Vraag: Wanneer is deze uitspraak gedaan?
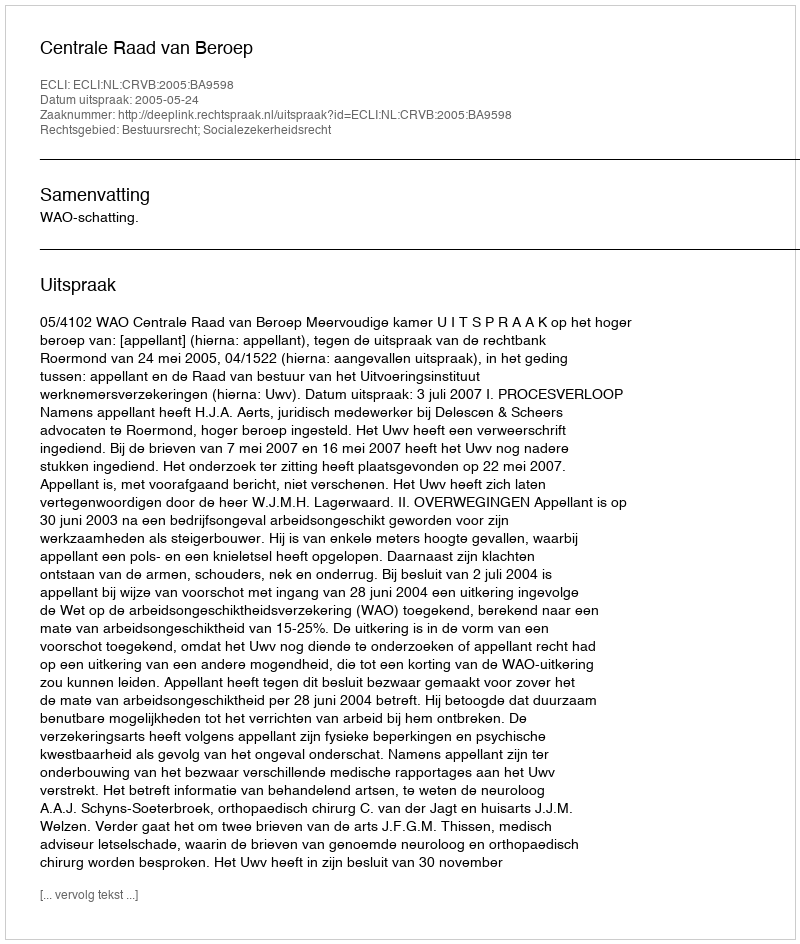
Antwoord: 2005-05-24